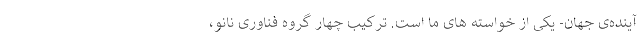
آینده‌ی جهان- یکی از خواسته ­های ما است. ترکیب چهار گروه فناوری نانو،